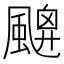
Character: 𩘙